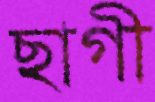
ছাগী